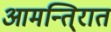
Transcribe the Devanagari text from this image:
आमन्ति्रात